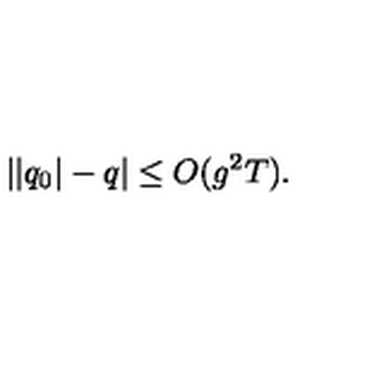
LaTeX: | | q _ { 0 } | - q | \leq O ( g ^ { 2 } T ) .